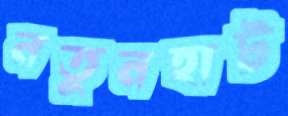
নতুনহাট